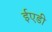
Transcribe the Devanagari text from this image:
ईएडी